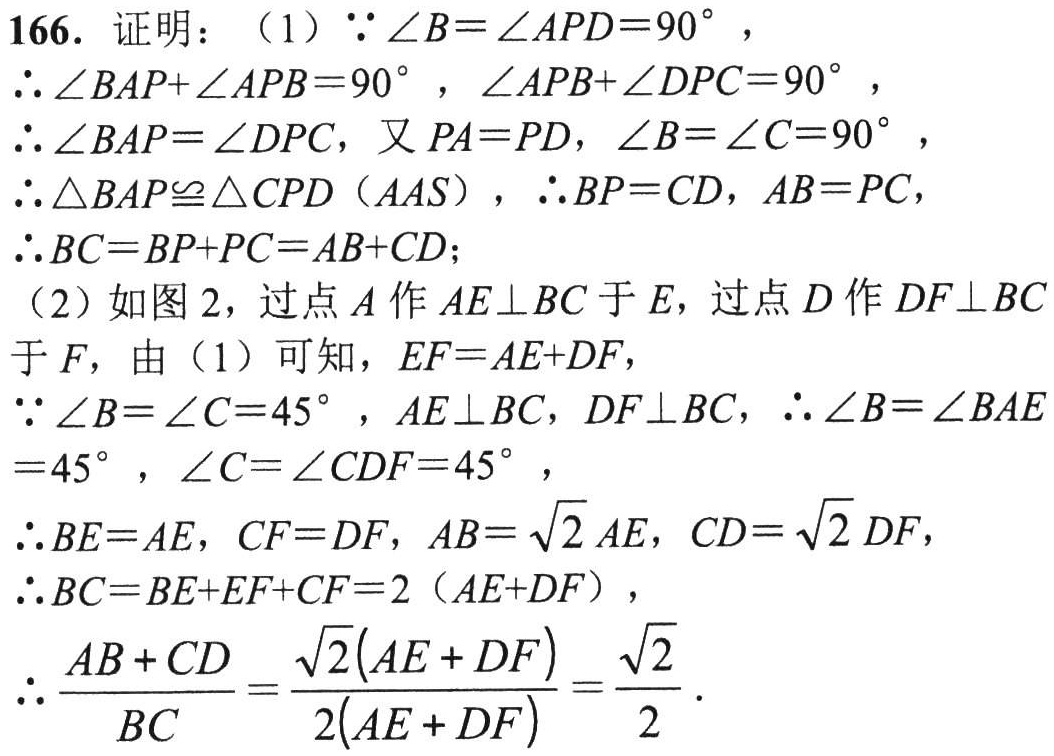
166. 证明：（1）\(\because\angle B=\angle APD = 90^{\circ}\)，
\(\therefore\angle BAP+\angle APB = 90^{\circ}\)，\(\angle APB+\angle DPC = 90^{\circ}\)，
\(\therefore\angle BAP=\angle DPC\)，又\(PA = PD\)，\(\angle B=\angle C = 90^{\circ}\)，
\(\therefore\triangle BAP\cong\triangle CPD\)（AAS），\(\therefore BP = CD\)，\(AB = PC\)，
\(\therefore BC=BP + PC=AB + CD\)；
（2）如图2，过点\(A\)作\(AE\perp BC\)于\(E\)，过点\(D\)作\(DF\perp BC\)于\(F\)，由（1）可知，\(EF = AE + DF\)，
\(\because\angle B=\angle C = 45^{\circ}\)，\(AE\perp BC\)，\(DF\perp BC\)，\(\therefore\angle B=\angle BAE = 45^{\circ}\)，\(\angle C=\angle CDF = 45^{\circ}\)，
\(\therefore BE = AE\)，\(CF = DF\)，\(AB=\sqrt{2}AE\)，\(CD=\sqrt{2}DF\)，
\(\therefore BC=BE + EF+CF = 2(AE + DF)\)，
\(\therefore\frac{AB + CD}{BC}=\frac{\sqrt{2}(AE + DF)}{2(AE + DF)}=\frac{\sqrt{2}}{2}\).